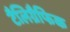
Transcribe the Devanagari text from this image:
टैलिग्रैफिक